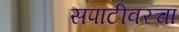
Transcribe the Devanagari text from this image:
सपाटीवरचा